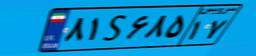
۸۱S۶۸۵۱۷